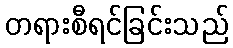
တရားစီရင်ခြင်းသည်